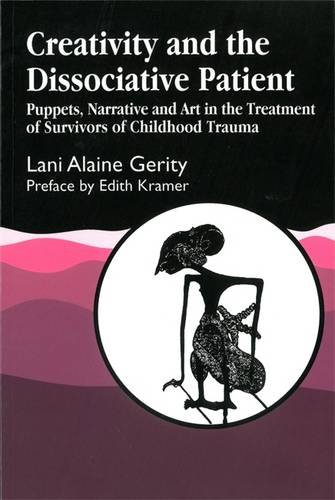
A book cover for Creativity and the Dissociative Patient: Collected Papers; Lani Alaine Gerity; Crafts, Hobbies & Home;